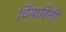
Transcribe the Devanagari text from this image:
चियारिनी